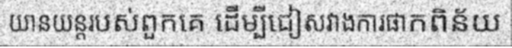
យានយន្តរបស់ពួកគេ ដើម្បីជៀសវាងការផាកពិន័យ